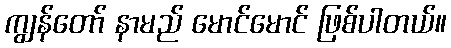
ကျွန်တော် နာမည် မောင်မောင် ဖြစ်ပါတယ်။